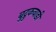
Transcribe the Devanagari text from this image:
बुद्रुकवाडी